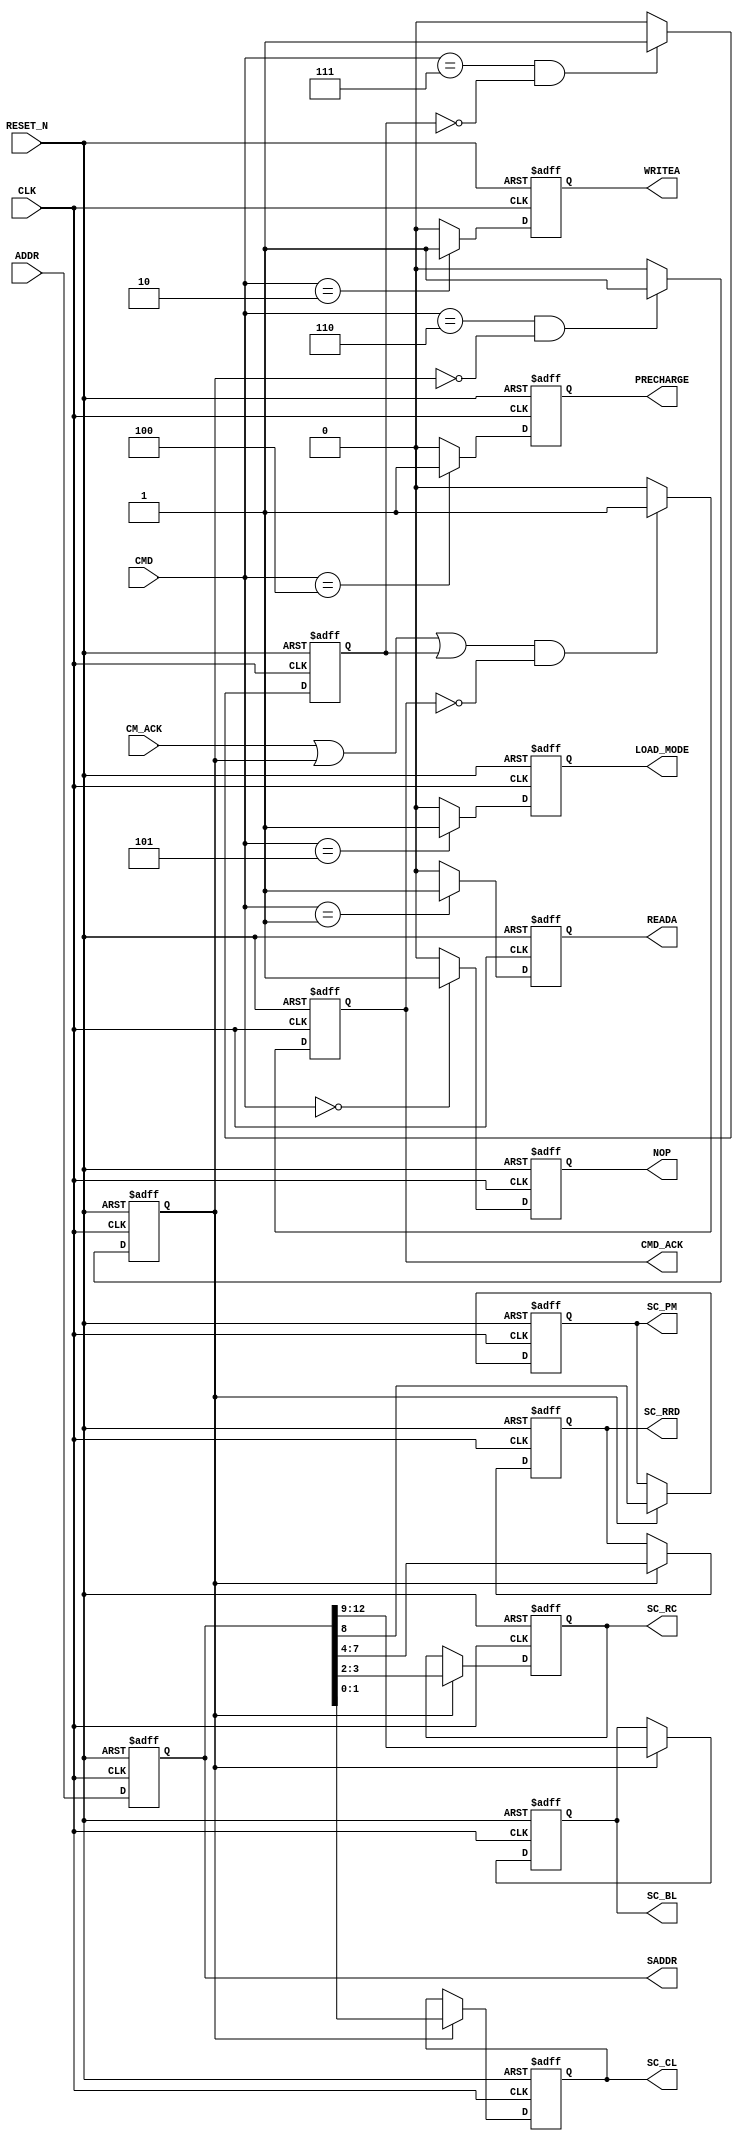



module control_interface(CLK, RESET_N, CMD, ADDR, CM_ACK, NOP, READA, WRITEA, PRECHARGE, LOAD_MODE, SADDR, SC_CL, SC_RC, SC_RRD, SC_PM, SC_BL, CMD_ACK);
   
   parameter          ASIZE = 21;
   
   input              CLK;
   input              RESET_N;
   input [2:0]        CMD;
   input [ASIZE-1:0]  ADDR;
   input              CM_ACK;
   output             NOP;
   reg                NOP;
   output             READA;
   reg                READA;
   output             WRITEA;
   reg                WRITEA;
   output             PRECHARGE;
   reg                PRECHARGE;
   output             LOAD_MODE;
   reg                LOAD_MODE;
   output [ASIZE-1:0] SADDR;
   output [1:0]       SC_CL;
   reg [1:0]          SC_CL;
   output [1:0]       SC_RC;
   reg [1:0]          SC_RC;
   output [3:0]       SC_RRD;
   reg [3:0]          SC_RRD;
   output             SC_PM;
   reg                SC_PM;
   output [3:0]       SC_BL;
   output             CMD_ACK;
   
   
   reg                LOAD_REG1;
   reg                LOAD_REG2;
   reg [ASIZE-1:0]    SADDR_int;
   reg                CMD_ACK_int;
   reg [3:0]          SC_BL_int;
   
   
   always @(posedge CLK or negedge RESET_N)
      if (RESET_N == 1'b0)
      begin
         NOP <= 1'b0;
         READA <= 1'b0;
         WRITEA <= 1'b0;
         PRECHARGE <= 1'b0;
         LOAD_MODE <= 1'b0;
         LOAD_REG1 <= 1'b0;
         LOAD_REG2 <= 1'b0;
         SADDR_int <= {ASIZE{1'b0}};
      end
      else 
      begin
         SADDR_int <= ADDR;
         
         if (CMD == 3'b000)
            NOP <= 1'b1;
         else
            NOP <= 1'b0;
         
         if (CMD == 3'b001)
            READA <= 1'b1;
         else
            READA <= 1'b0;
         
         if (CMD == 3'b010)
            WRITEA <= 1'b1;
         else
            WRITEA <= 1'b0;
         
         
         if (CMD == 3'b100)
            PRECHARGE <= 1'b1;
         else
            PRECHARGE <= 1'b0;
         
         if (CMD == 3'b101)
            LOAD_MODE <= 1'b1;
         else
            LOAD_MODE <= 1'b0;
         
         if ((CMD == 3'b110) & (LOAD_REG1 == 1'b0))
            LOAD_REG1 <= 1'b1;
         else
            LOAD_REG1 <= 1'b0;
         
         if ((CMD == 3'b111) & (LOAD_REG2 == 1'b0))
            LOAD_REG2 <= 1'b1;
         else
            LOAD_REG2 <= 1'b0;
      end
   
   
   always @(posedge CLK or negedge RESET_N)
      if (RESET_N == 1'b0)
      begin
         SC_CL <= {2{1'b0}};
         SC_RC <= {2{1'b0}};
         SC_RRD <= {4{1'b0}};
         SC_PM <= 1'b0;
         SC_BL_int <= {4{1'b0}};
      end
      
      else 
      begin
         if (LOAD_REG1 == 1'b1)
         begin
            SC_CL <= SADDR_int[1:0];
            SC_RC <= SADDR_int[3:2];
            SC_RRD <= SADDR_int[7:4];
            SC_PM <= SADDR_int[8];
            SC_BL_int <= SADDR_int[12:9];
         end
      end
   
   assign SADDR = SADDR_int;
   assign SC_BL = SC_BL_int;
//	assign REF_REQ = 1'b0;
   
   
   always @(posedge CLK or negedge RESET_N)
      if (RESET_N == 1'b0)
         CMD_ACK_int <= 1'b0;
      else 
      begin
         if (((CM_ACK == 1'b1) | (LOAD_REG1 == 1'b1) | (LOAD_REG2 == 1'b1)) & (CMD_ACK_int == 1'b0))
            CMD_ACK_int <= 1'b1;
         else
            CMD_ACK_int <= 1'b0;
      end
   
   assign CMD_ACK = CMD_ACK_int;
   
endmodule